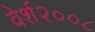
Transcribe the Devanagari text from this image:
वेर्श२००८